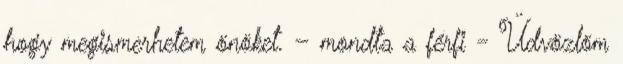
hogy megismerhetem önöket. – mondta a férfi - Üdvözlöm